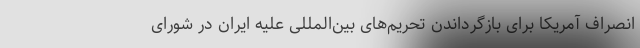
انصراف آمریکا برای بازگرداندن تحریم‌های بین‌المللی علیه ایران در شورای